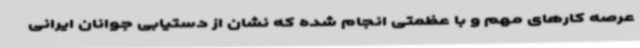
عرصه کارهای مهم و با عظمتی انجام شده که نشان از دستیابی جوانان ایرانی